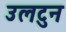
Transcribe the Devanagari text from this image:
उलटुन